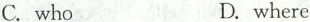
C.who D.where